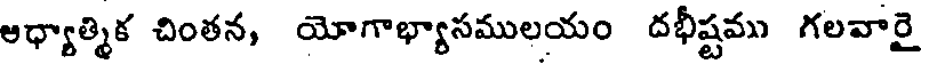
అధ్యాత్మిక చింతన, యోగాభ్యాసములయం దభీష్టము గలవారై